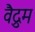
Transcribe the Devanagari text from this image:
वैद्रुम